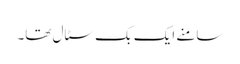
سامنے ایک بک سٹال تھا۔